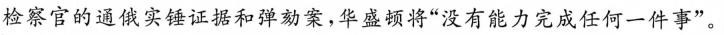
检察官的通俄实锤证据和弹劾案，华盛顿将”没有能力完成任何一件事”。